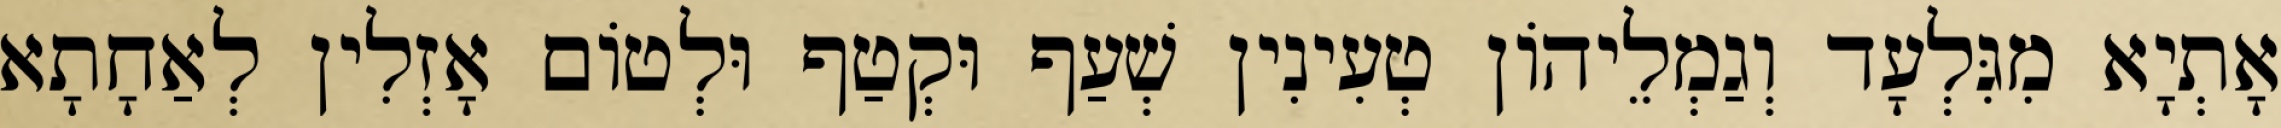
אָתְיָא מִגִּלְעָד וְגַמְלֵיהוֹן טְעִינִין שְׁעַף וּקְטַף וּלְטוֹם אָזְלִין לְאַחָתָא